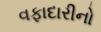
વફાદારીનો